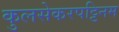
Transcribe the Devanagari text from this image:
कुलसेकरपट्टिनम